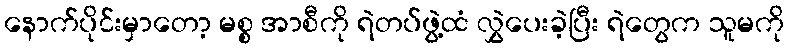
နောက်ပိုင်းမှာတော့ မစ္စ အာစီကို ရဲတပ်ဖွဲ့ထံ လွှဲပေးခဲ့ပြီး ရဲတွေက သူမကို